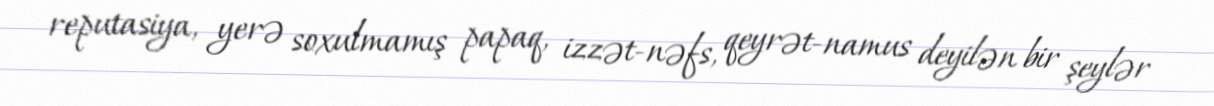
reputasiya, yerə soxulmamış papaq, izzət-nəfs, qeyrət-namus deyilən bir şeylər